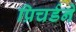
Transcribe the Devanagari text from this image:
प्रिचर्डने